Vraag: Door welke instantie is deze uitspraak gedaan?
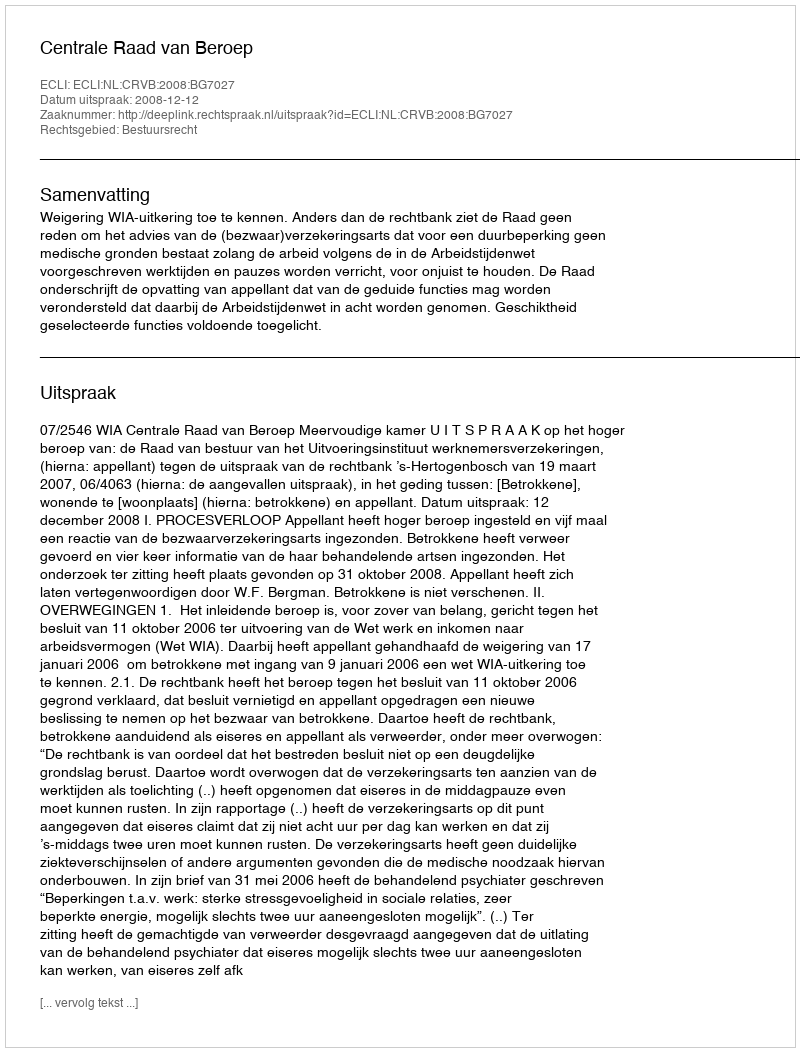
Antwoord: Centrale Raad van Beroep